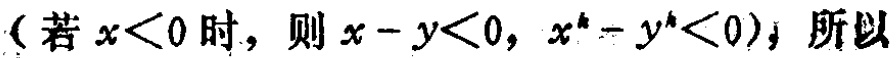
（若\(x<0\)时，则\(x - y<0\)，\(x^{k} - y^{k}<0\)）；所以